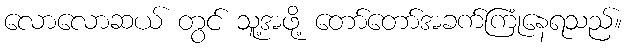
လောလောဆယ် တွင် သူ့အဖို့ တော်တော်အခက်ကြုံနေရသည်။